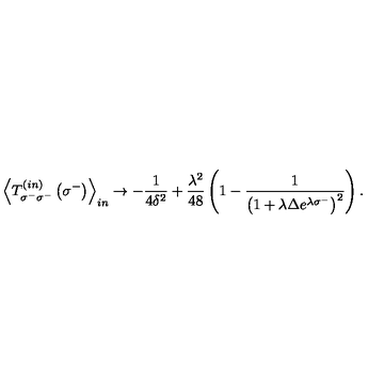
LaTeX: { \left< T _ { \sigma ^ { - } \sigma ^ { - } } ^ { \left( i n \right) } \left( \sigma ^ { - } \right) \right> } _ { i n } \rightarrow - { \frac { 1 } { 4 \delta ^ { 2 } } } + { \frac { \lambda ^ { 2 } } { 4 8 } } \left( 1 - { \frac { 1 } { { \left( 1 + \lambda \Delta e ^ { \lambda \sigma ^ { - } } \right) } ^ { 2 } } } \right) .